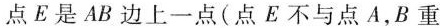
点E是AB边上一点(点E不与点A，B重